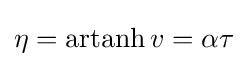
\eta =\operatorname {artanh} v=\alpha \tau